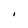
Character: I